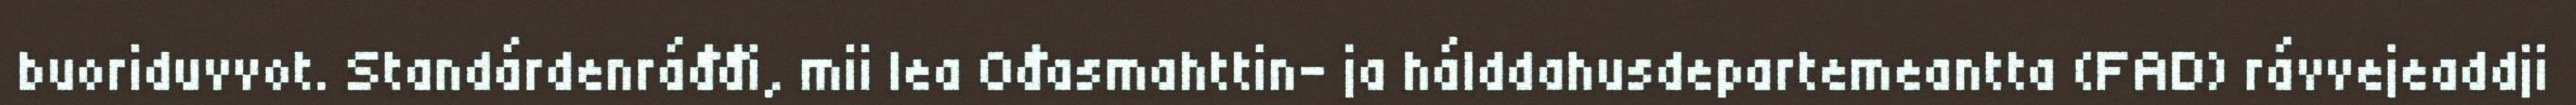
buoriduvvot. Standárdenráđđi, mii lea Ođasmahttin- ja hálddahusdepartemeantta (FAD) rávvejeaddji